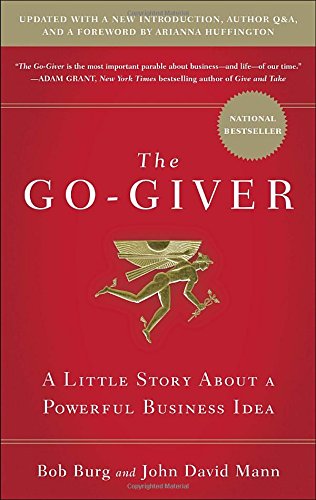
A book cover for The Go-Giver, Expanded Edition: A Little Story About a Powerful Business Idea; Bob Burg; Self-Help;